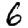
Digit: 6